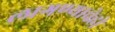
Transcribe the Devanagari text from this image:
लागण्याचेही